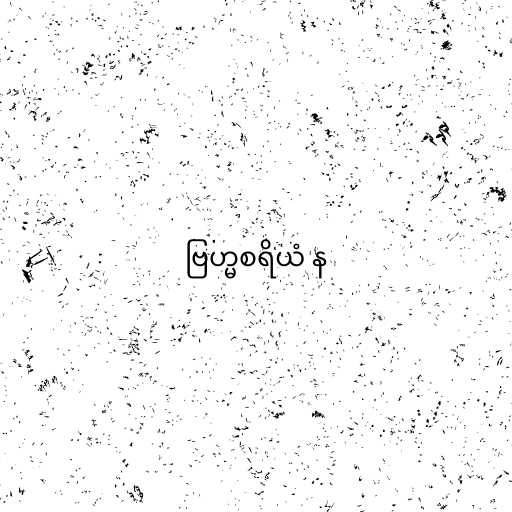
ဗြဟ္မစရိယံ န